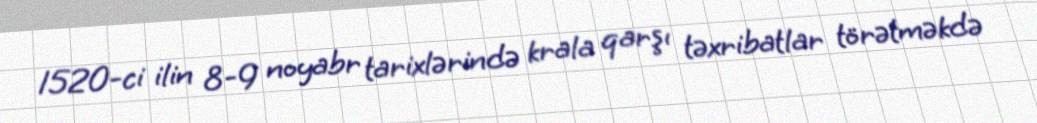
1520-ci ilin 8-9 noyabr tarixlərində krala qarşı təxribatlar törətməkdə